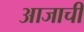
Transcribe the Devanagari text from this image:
आजाची